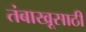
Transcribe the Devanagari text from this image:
तंबाखूसाठी